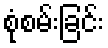
စုံစမ်းခြင်း